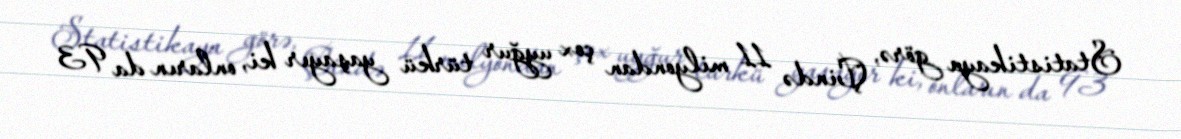
Statistikaya görə, Çində 11 milyondan çox uyğur türkü yaşayır ki, onların da 93